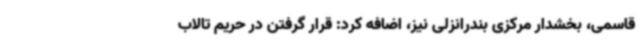
قاسمی، بخشدار مرکزی بندرانزلی نیز، اضافه کرد: قرار گرفتن در حریم تالاب